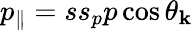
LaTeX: p_{\parallel}=ss_{p}p\cos\theta_{\mathbf{k}}